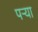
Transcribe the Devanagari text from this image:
पऱ्या